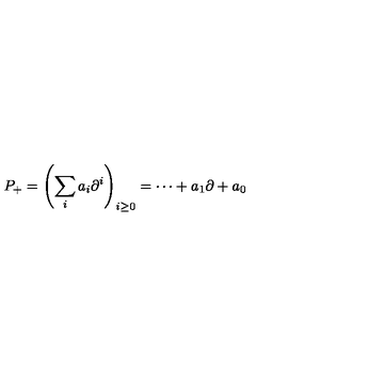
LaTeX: P _ { + } = \left( \sum _ { i } a _ { i } \partial ^ { i } \right) _ { i \geq 0 } = \cdots + a _ { 1 } \partial + a _ { 0 }